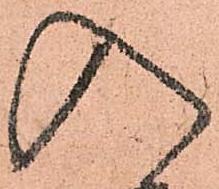
入